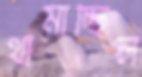
থামাচ্ছিল